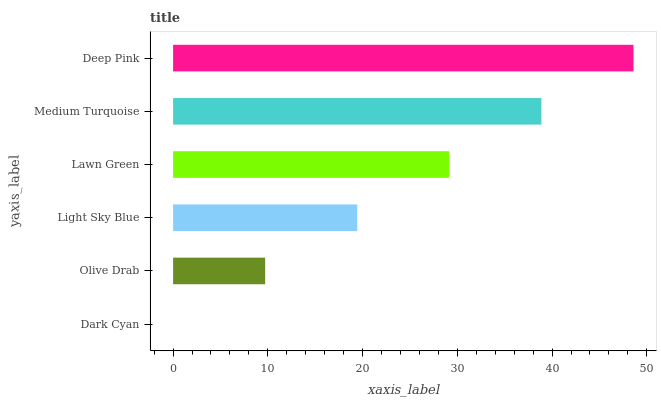
| yaxis_label | bars |
 | --- | --- |
 | Dark Cyan | 0 |
 | Olive Drab | 9.72 |
 | Light Sky Blue | 19.4 |
 | Lawn Green | 29.2 |
 | Medium Turquoise | 38.9 |
 | Deep Pink | 48.6 |